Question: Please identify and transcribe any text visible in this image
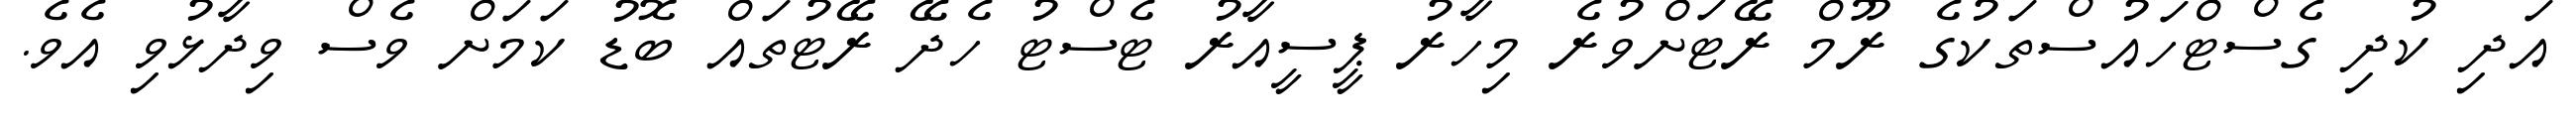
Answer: އަދި ކުދި ގެސްޓްހައުސްތަކުގެ ރޫމް ރޭޓަށްވުރެ މިހާރު ޕީސީއާރު ޓެސްޓު ހެދޭ ރޭޓުތައް ބޮޑު ކަމަށް ވެސް ވިދާޅުވި އެވެ.